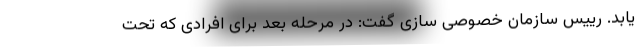
یابد. رییس سازمان خصوصی سازی گفت: در مرحله بعد برای افرادی که تحت